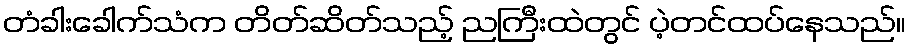
တံခါးခေါက်သံက တိတ်ဆိတ်သည့် ညကြီးထဲတွင် ပဲ့တင်ထပ်နေသည်။